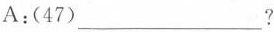
A:(47)___?